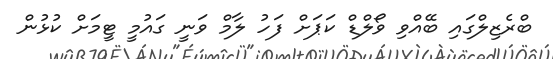
ބްރެޒިލްގައި ބޭއްވި ވޯލްޑް ކަޕަށް ފަހު ލާމް ވަނީ ގައުމީ ޓީމަށް ކުޅުން